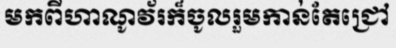
មកពីហាណូវ័រក៏ចូលរួមកាន់តែជ្រៅ